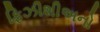
ફિઝીશીઅનો